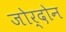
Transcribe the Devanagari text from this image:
जोर्दोन